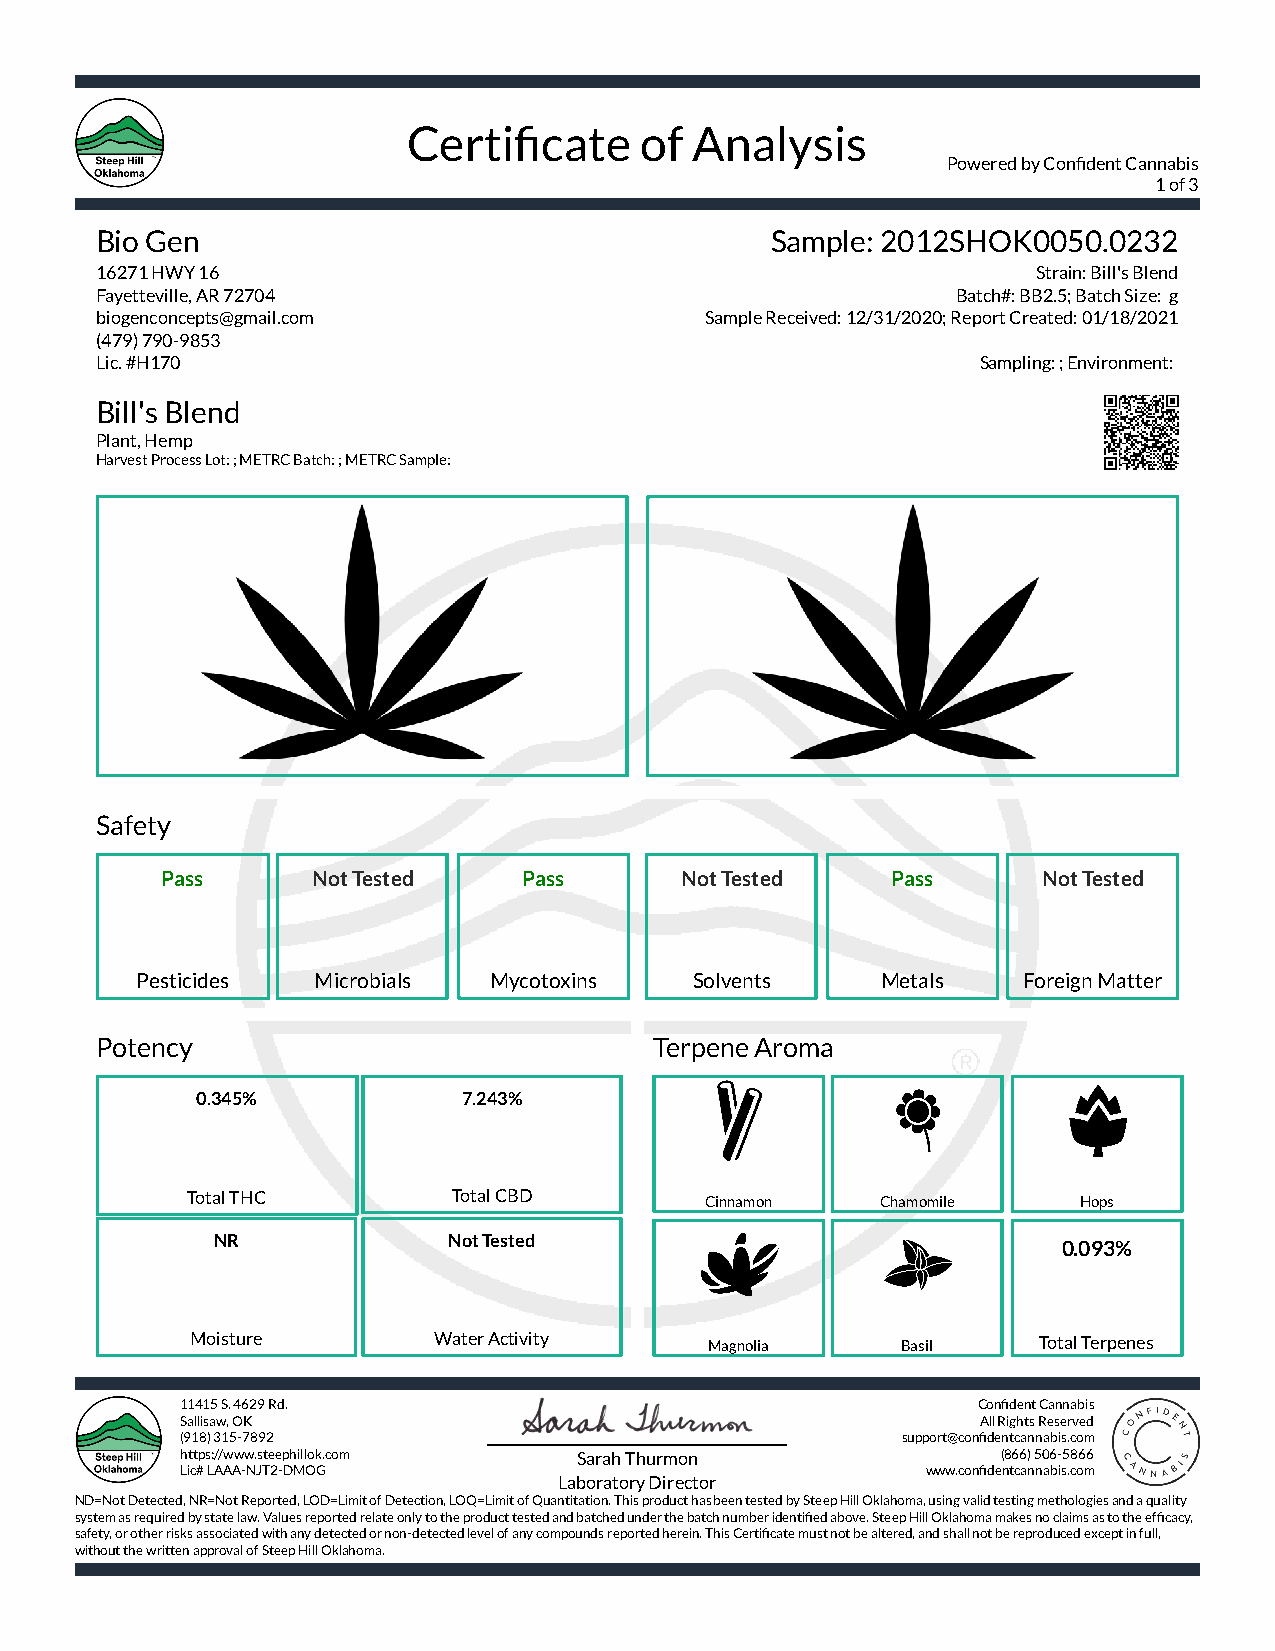
Certicate     of  Analysis
 Powered by Condent Cannabis
 1 of 3
 Bio Gen                                      Sample: 2012SHOK0050.0232
 16271 HWY 16                                                   Strain: Bill's Blend
 Fayetteville, AR 72704                                   Batch#: BB2.5; Batch Size: g
 biogenconcepts@gmail.com                 Sample Received: 12/31/2020; Report Created: 01/18/2021
 (479) 790-9853
 Lic. #H170                                                 Sampling: ; Environment:
 Bill's Blend
 Plant, Hemp
 Harvest Process Lot: ; METRC Batch: ; METRC Sample:
 Safety
 Pass      Not Tested    Pass      Not Tested    Pass      Not Tested
 Pesticides  Microbials Mycotoxins    Solvents    Metals    Foreign Matter
 Potency                              Terpene Aroma
 0.345%            7.243%
 Total THC         Total CBD        Cinnamon   Chamomile    Hops
 NR              Not Tested
 0.093%
 Moisture        Water Activity    Magnolia     Basil    Total Terpenes
 11415 S. 4629 Rd.                                    Condent Cannabis
 Sallisaw, OK                                         All Rights Reserved
 (918) 315-7892                                  support@condentcannabis.com
 https://www.steephillok.com Sarah Thurmon             (866) 506-5866
 Lic# LAAA-NJT2-DMOG                              www.condentcannabis.com
 Laboratory Director
 ND=Not Detected, NR=Not Reported, LOD=Limit of Detection, LOQ=Limit of Quantitation. This product has been tested by Steep Hill Oklahoma, using valid testing methologies and a quality
 system as required by state law. Values reported relate only to the product tested and batched under the batch number identied above. Steep Hill Oklahoma makes no claims as to the efcacy,
 safety, or other risks associated with any detected or non-detected level of any compounds reported herein. This Certicate must not be altered, and shall not be reproduced except in full,
 without the written approval of Steep Hill Oklahoma.